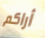
أراكم